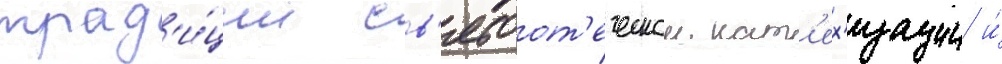
трад'и́ции св'ятоот'еческои кат'ех'изации и́